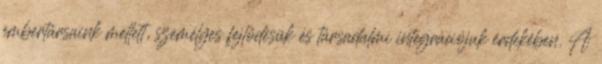
embertársaink mellett, személyes fejlődésük és társadalmi integrációjuk érdekében. A